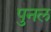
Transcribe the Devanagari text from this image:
पुनल